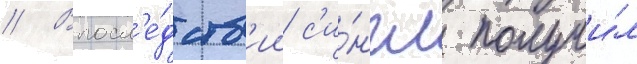
// Впосл'е́дств'ии с'и́нгл получи́л